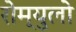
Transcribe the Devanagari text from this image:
रोम्युलो